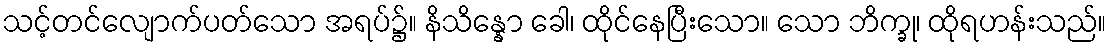
သင့်တင်လျောက်ပတ်သော အရပ်၌။ နိသိန္နော ခေါ၊ ထိုင်နေပြီးသော။ သော ဘိက္ခု၊ ထိုရဟန်းသည်။